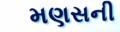
મણસની